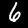
Digit: 6